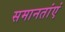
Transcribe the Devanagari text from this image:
समानतांएं